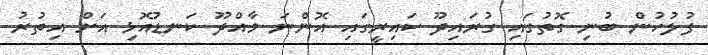
ފުލުހުން ބުނި ގޮތުގައި ގުރައިދޫ ކައިރީގައި އޮންނަ މާއްދޫ ކަނޑުއޮޅި އަށް އިތުރު